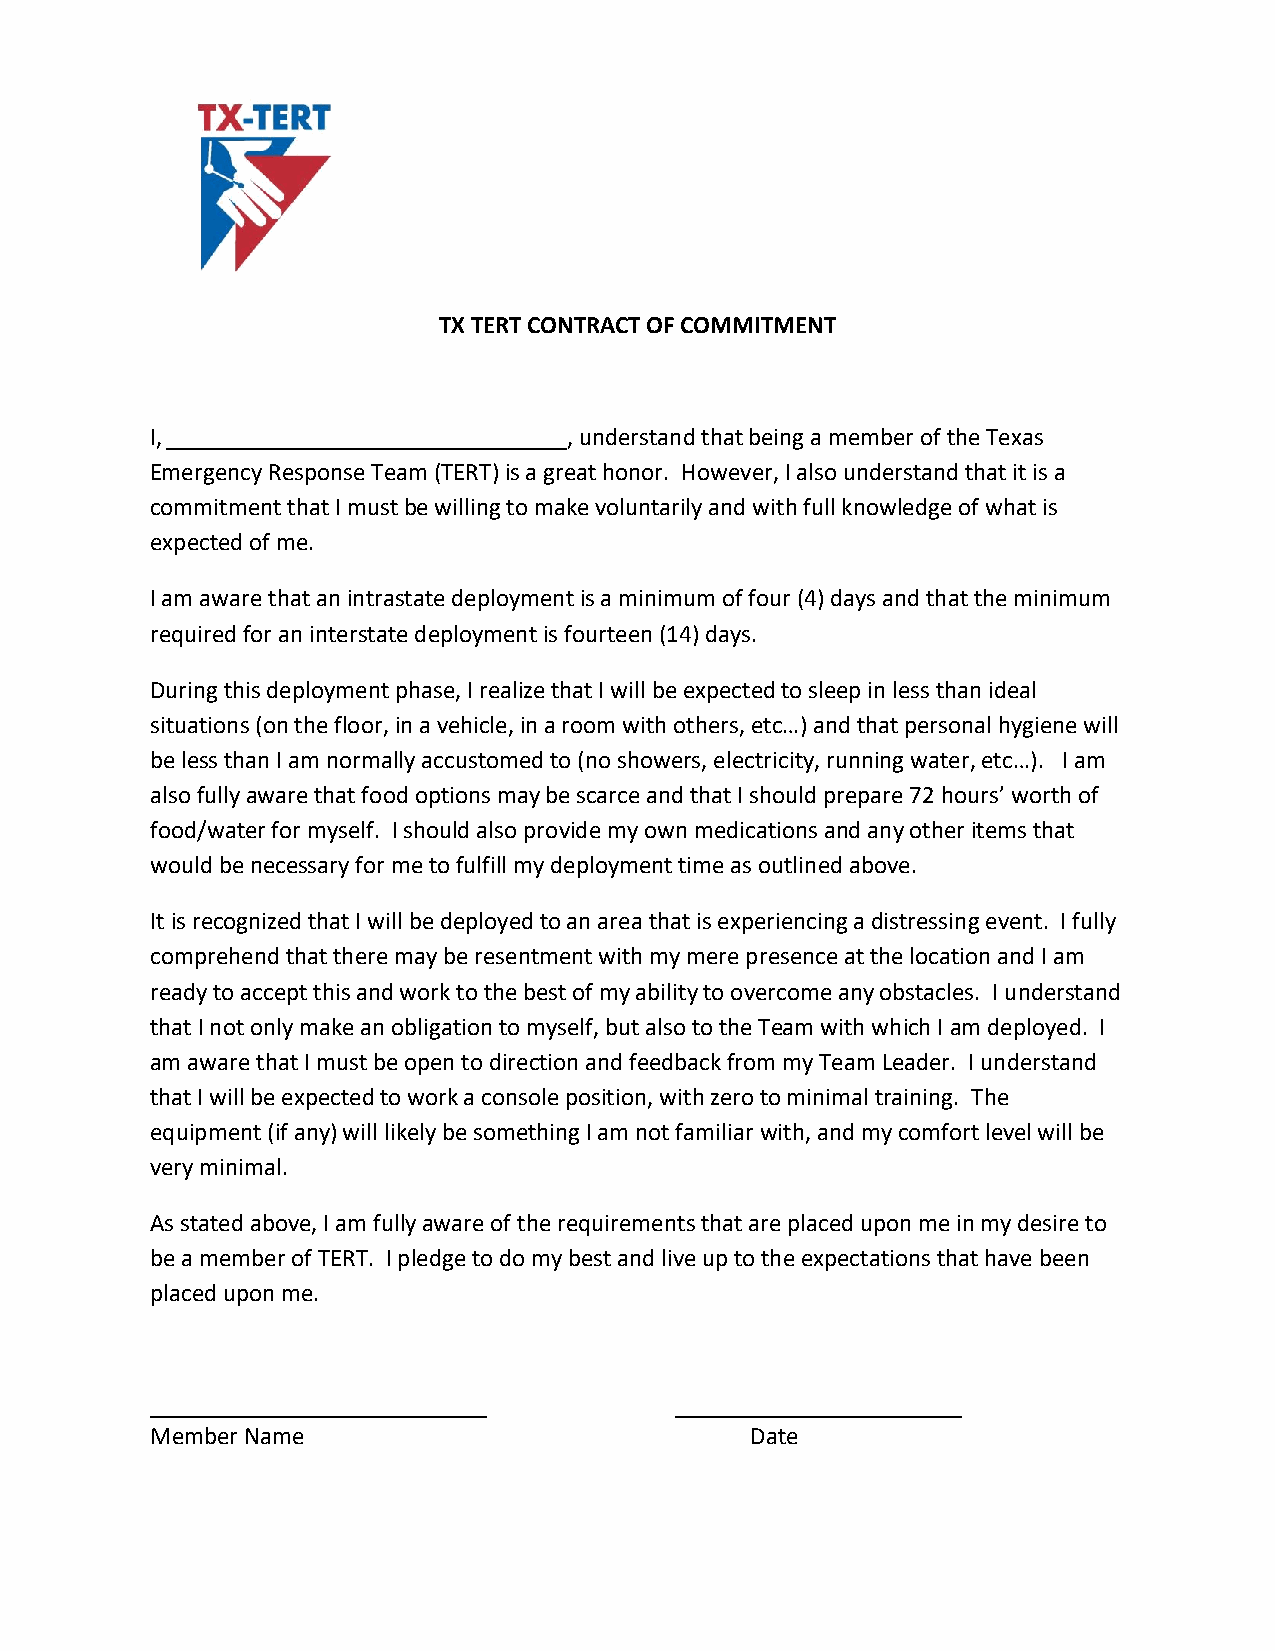
TX TERT CONTRACT OF COMMITMENT
 I, ________________________________, understand that being a member of the Texas
 Emergency Response Team (TERT) is a great honor. However, I also understand that it is a
 commitment that I must be willing to make voluntarily and with full knowledge of what is
 expected of me.
 I am aware that an intrastate deployment is a minimum of four (4) days and that the minimum
 required for an interstate deployment is fourteen (14) days.
 During this deployment phase, I realize that I will be expected to sleep in less than ideal
 situations (on the floor, in a vehicle, in a room with others, etc…) and that personal hygiene will
 be less than I am normally accustomed to (no showers, electricity, running water, etc…). I am
 also fully aware that food options may be scarce and that I should prepare 72 hours’ worth of
 food/water for myself. I should also provide my own medications and any other items that
 would be necessary for me to fulfill my deployment time as outlined above.
 It is recognized that I will be deployed to an area that is experiencing a distressing event. I fully
 comprehend that there may be resentment with my mere presence at the location and I am
 ready to accept this and work to the best of my ability to overcome any obstacles. I understand
 that I not only make an obligation to myself, but also to the Team with which I am deployed. I
 am aware that I must be open to direction and feedback from my Team Leader. I understand
 that I will be expected to work a console position, with zero to minimal training. The
 equipment (if any) will likely be something I am not familiar with, and my comfort level will be
 very minimal.
 As stated above, I am fully aware of the requirements that are placed upon me in my desire to
 be a member of TERT. I pledge to do my best and live up to the expectations that have been
 placed upon me.
 ___________________________        _______________________
 Member Name                             Date